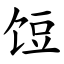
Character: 饾